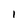
Character: 1